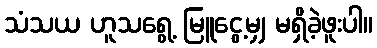
သံသယ ဟူသရွေ့ မြူငွေ့မျှ မရှိခဲ့ဖူးပါ။